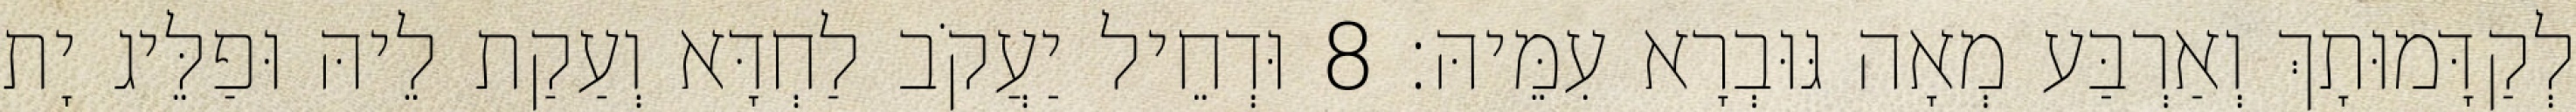
לְקַדָּמוּתָךְ וְאַרְבַּע מְאָה גּוּבְרָא עִמֵּיהּ׃ 8 וּדְחֵיל יַעֲקֹב לַחְדָּא וְעַקַת לֵיהּ וּפַלֵּיג יָת